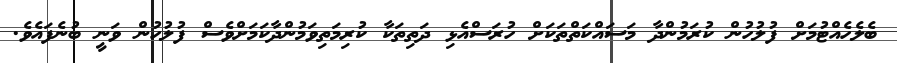
ބެލެހެއްޓުމަށް ފުލުހުން ކުރަމުންދާ މަސައްކަތްތަކަށް ހުރަސްއެޅި ދަތިތަކާ ކުރިމަތިވަމުންދާކަމަށްވެސް ފުލުހުން ވަނީ ބުނެފައެވެ.